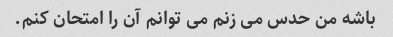
باشه من حدس می زنم می توانم آن را امتحان کنم.